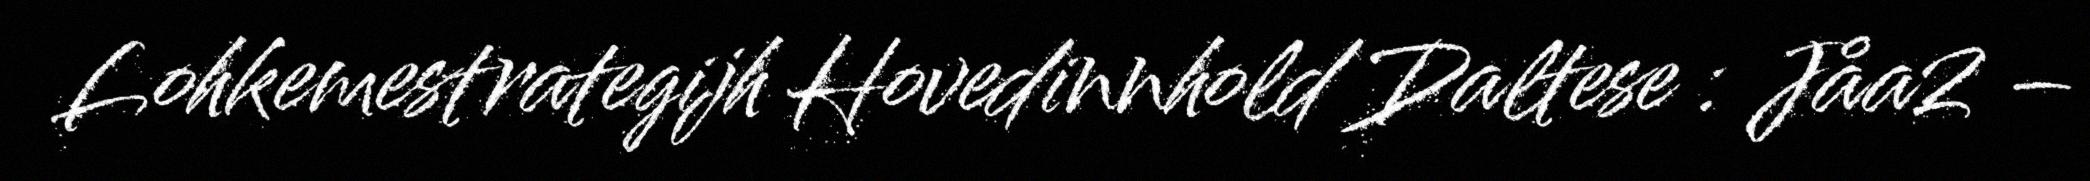
Lohkemestrategijh Hovedinnhold Daltese : Jåa2 –